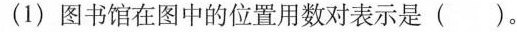
(1)图书馆在图中的位置用数对表示是()。